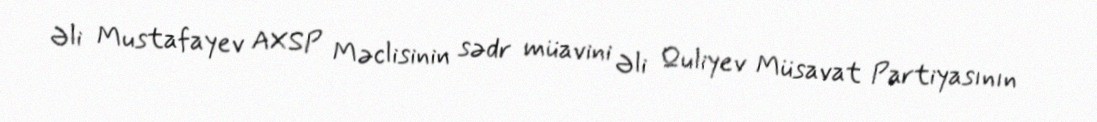
Əli Mustafayev AXSP Məclisinin sədr müavini Əli Quliyev Müsavat Partiyasının